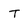
Character: T